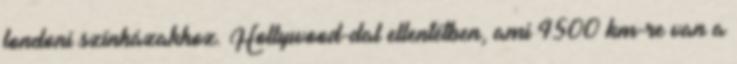
londoni színházakhoz. Hollywood-dal ellentétben, ami 4500 km-re van a